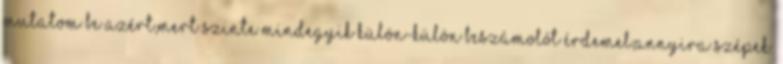
mutatom be azért,mert szinte mindegyik külön-külön beszámolót érdemel,annyira szépek.